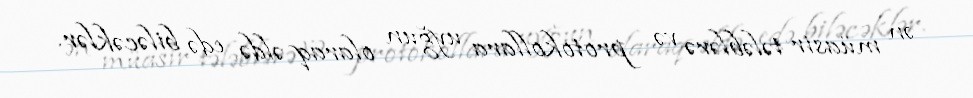
ən müasir tələblərə və protokollara uyğun olaraq əldə edə biləcəklər.